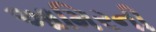
આમિરની